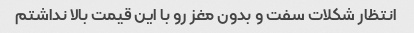
انتظار شکلات سفت و بدون مغز رو با این قیمت بالا نداشتم